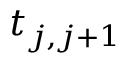
t _ { j , j + 1 }